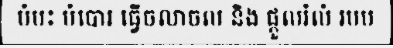
បំបះ បំបោរ ធ្វើចលាចល និង ផ្តួលរំលំ របប